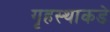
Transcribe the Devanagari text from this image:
गृहस्थाकडे